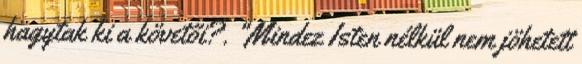
hagytak ki a követői?. "Mindez Isten nélkül nem jöhetett